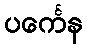
ပင်္ကေန